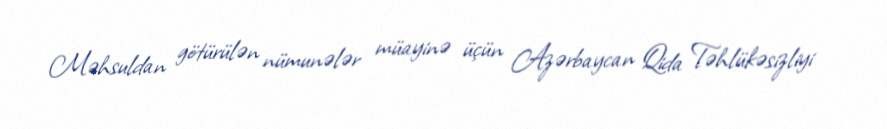
Məhsuldan götürülən nümunələr müayinə üçün Azərbaycan Qida Təhlükəsizliyi